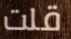
قلت